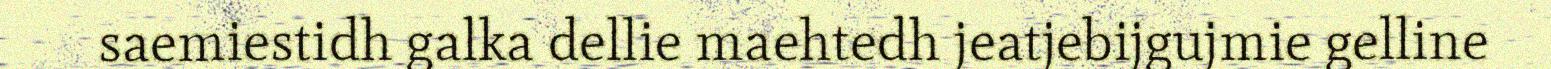
saemiestidh galka dellie maehtedh jeatjebijgujmie gelline